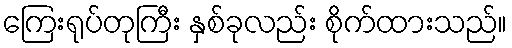
ကြေးရုပ်တုကြီး နှစ်ခုလည်း စိုက်ထားသည်။